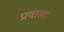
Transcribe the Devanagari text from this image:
प्रवाला